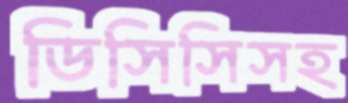
ডিসিসিসহ